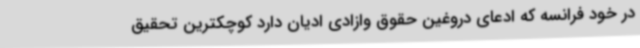
در خود فرانسه که ادعای دروغین حقوق وازادی ادیان دارد کوچکترین تحقیق